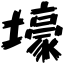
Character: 壕